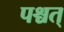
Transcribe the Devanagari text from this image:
पश्चत्